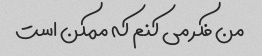
من فکر می کنم که ممکن است